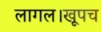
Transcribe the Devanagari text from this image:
लागल।खूपच